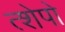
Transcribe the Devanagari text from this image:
त्शेपो